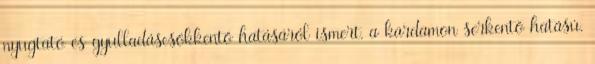
nyugtató és gyulladáscsökkentő hatásáról ismert, a kardamon serkentő hatású.